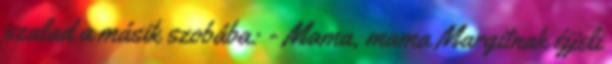
szalad a másik szobába: - Mama, mama Margitnak éjjeli